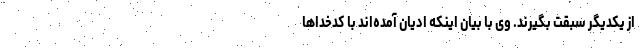
از یکدیگر سبقت بگیرند. وی با بیان اینکه ادیان آمده‌اند با کدخداها